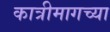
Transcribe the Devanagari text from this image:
कात्रीमागच्या